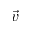
\vec { v }